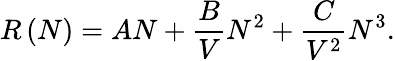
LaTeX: R\left(N\right)=AN+\frac{B}{V}N^{2}+\frac{C}{V^{2}}N^{3}.